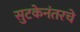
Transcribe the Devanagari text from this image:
सुटकेनंतरचे